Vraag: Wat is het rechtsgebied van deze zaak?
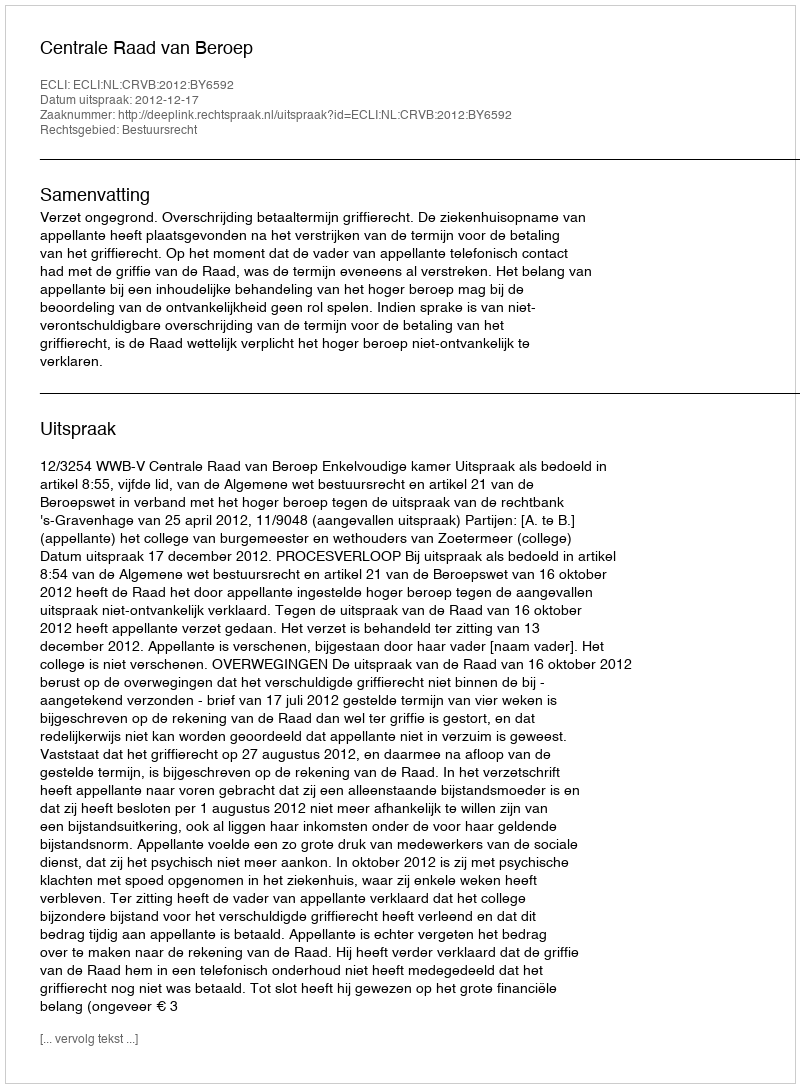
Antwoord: Bestuursrecht